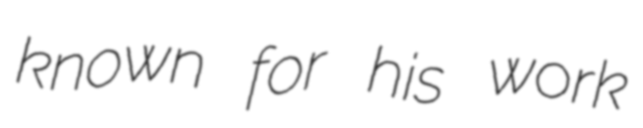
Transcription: known for his work